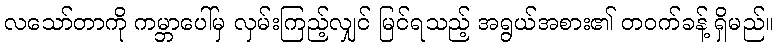
လသော်တာကို ကမ္ဘာပေါ်မှ လှမ်းကြည့်လျှင် မြင်ရသည့် အရွယ်အစား၏ တဝက်ခန့် ရှိမည်။